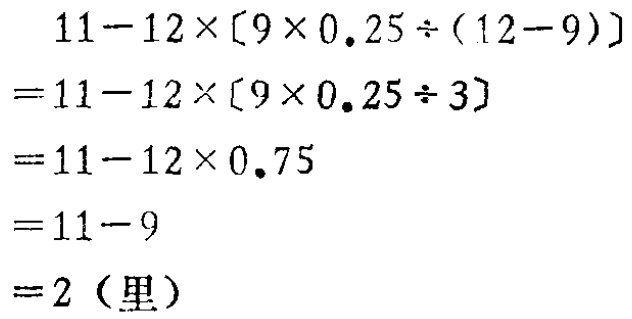
\[

\begin{align*}

&11 - 12\times[9\times0.25\div(12 - 9)]\\

=&11 - 12\times[9\times0.25\div3]\\

=&11 - 12\times0.75\\

=&11 - 9\\

=&2（里）

\end{align*}

\]